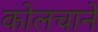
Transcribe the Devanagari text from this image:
कोलचाने